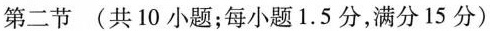
第二节 (共 10 小题;每小题1.5 分,满分 15 分)